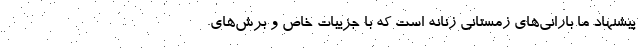
پیشنهاد ما بارانی‌های زمستانی زنانه است که با جزییات خاص و برش‌های